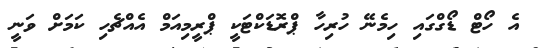
އެ ހޯޓް ޑޯގްގައި ހިމެނޭ ހުރިހާ ޕްރޮޑަކްޓަކީ ޕްރީމިއަމް އެއްޗެހި ކަމަށް ވަނީ